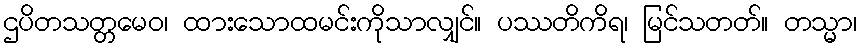
ဌပိတသတ္တမေဝ၊ ထားသောထမင်းကိုသာလျှင်။ ပဿတိကိရ၊ မြင်သတတ်။ တသ္မာ၊